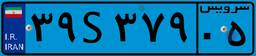
۳۹S۳۷۹۰۵